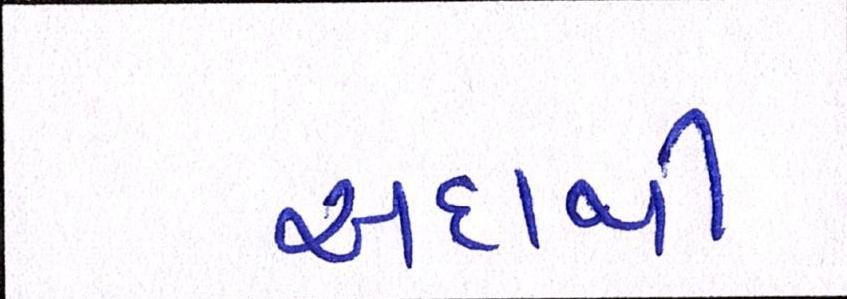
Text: અદાથી